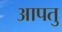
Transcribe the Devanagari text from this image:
आपतु